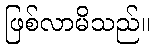
ဖြစ်လာမိသည်။